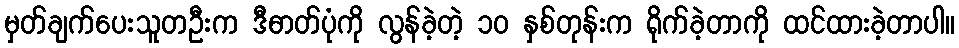
မှတ်ချက်ပေးသူတဦးက ဒီဓာတ်ပုံကို လွန်ခဲ့တဲ့ ၁၀ နှစ်တုန်းက ရိုက်ခဲ့တာကို ထင်ထားခဲ့တာပါ။